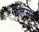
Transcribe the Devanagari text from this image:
थेलसने